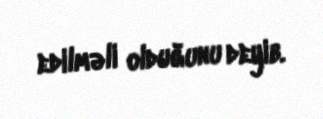
edilməli olduğunu deyib.